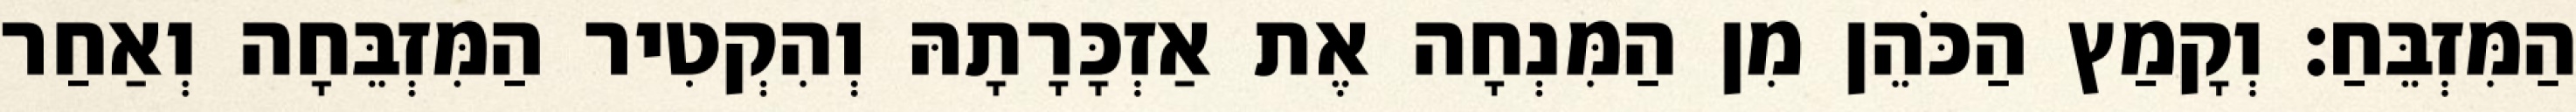
הַמִּזְבֵּחַ׃ וְקָמַץ הַכֹּהֵן מִן הַמִּנְחָה אֶת אַזְכָּרָתָהּ וְהִקְטִיר הַמִּזְבֵּחָה וְאַחַר